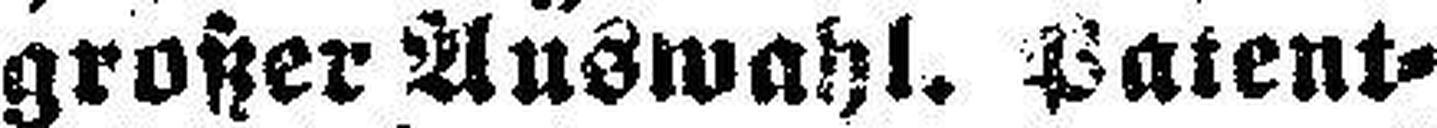
großer Auswahl. Patent¬